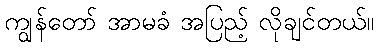
ကျွန်တော် အာမခံ အပြည့် လိုချင်တယ်။